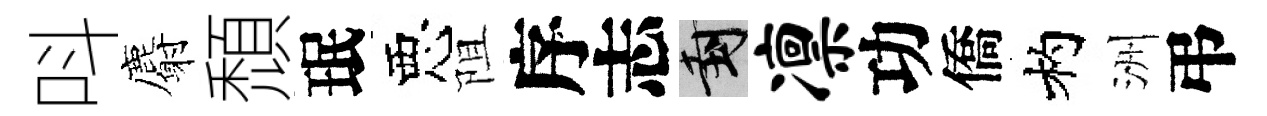
呌麝頹珉惡阻序志封凛功僑杓洲弔